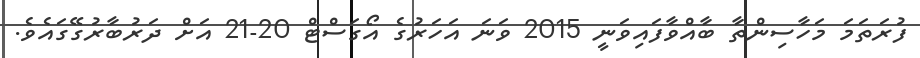
ފުރަތަމަ މަހާސިންތާ ބާއްވާފައިވަނީ 2015 ވަނަ އަހަރުގެ އޯގަސްޓް 20-21 އަށް ދަރުބާރުގޭގައެވެ.